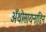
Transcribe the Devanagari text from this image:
अँथोसायनाडिन